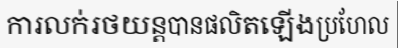
ការលក់រថយន្តបានផលិតឡើងប្រហែល